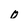
Character: 0